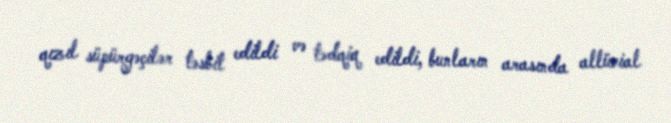
qızıl süpürgəçilər təsbit edildi və tədqiq edildi, bunların arasında allüvial